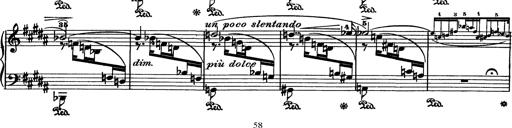
Title: AnnÃ©es de pÃ¨lerinage I
Composer: Franz Liszt